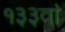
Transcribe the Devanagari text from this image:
१३३वां